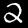
Label: 2